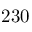
2 3 0